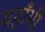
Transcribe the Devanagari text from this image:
यहाँभी